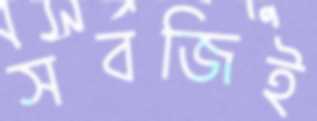
সবজিই